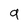
Character: 9